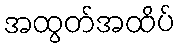
အထွတ်အထိပ်